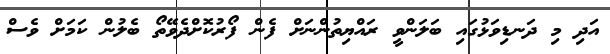
އަދި މި ދަނޑިވަޅުގައި ބަލަންވީ ރައްޔިތުންނަށް ފެން ފޯރުކޮށްދެވޭތޯ ބެލުން ކަމަށް ވެސް